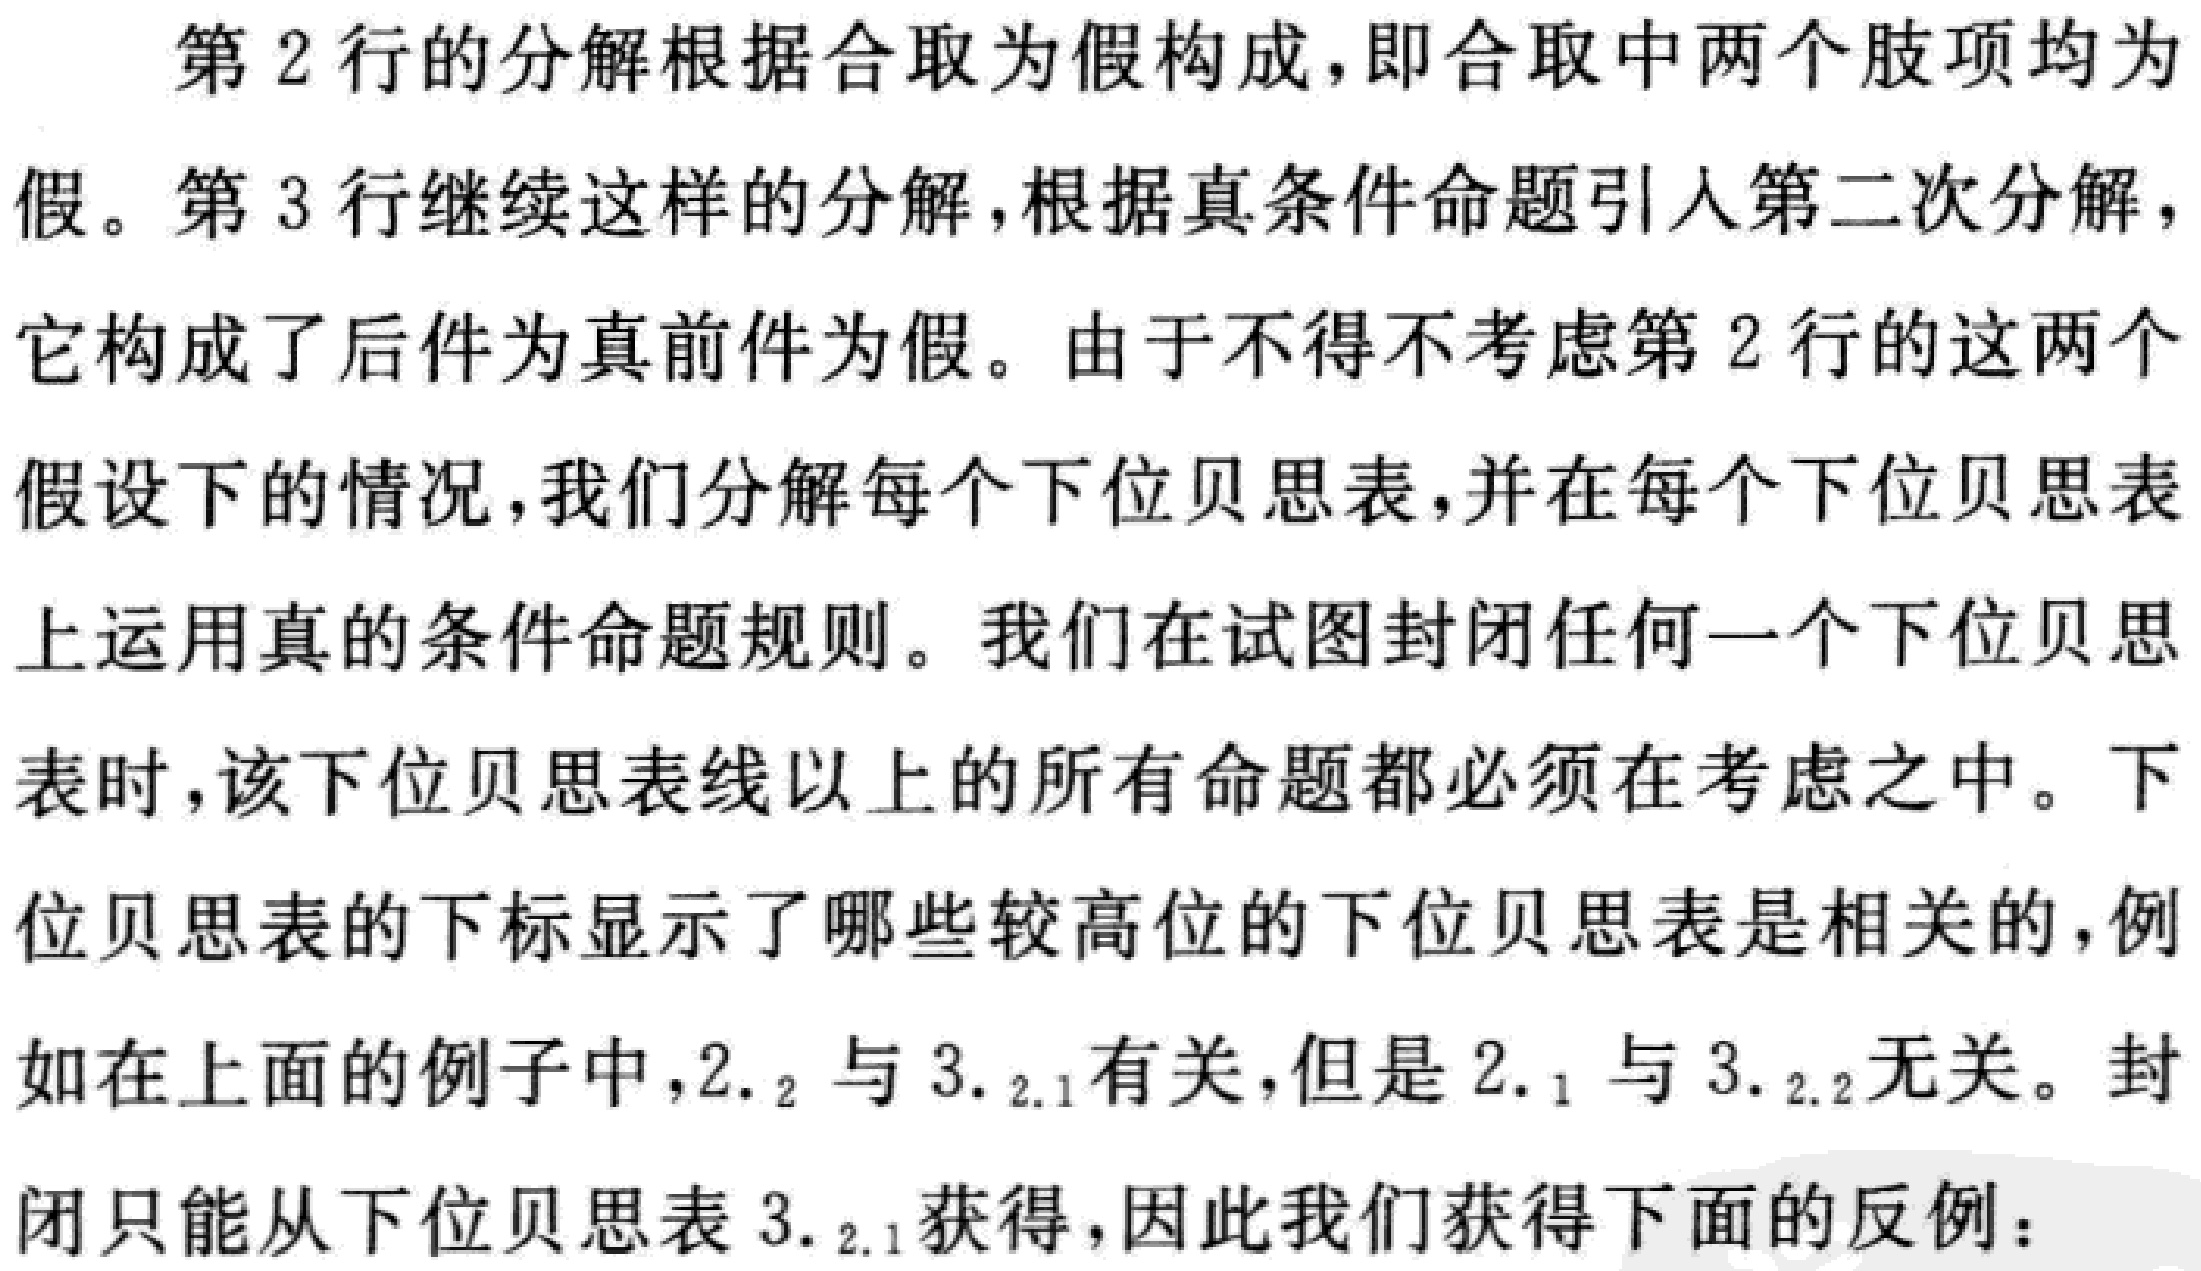
第2行的分解根据合取为假构成，即合取中两个肢项均为假。第3行继续这样的分解，根据真条件命题引人第二次分解，它构成了后件为真前件为假。由于不得不考虑第2行的这两个假设下的情况，我们分解每个下位贝思表，并在每个下位贝思表上运用真的条件命题规则。我们在试图封闭任何一个下位贝思表时，该下位贝思表线以上的所有命题都必须在考虑之中。下位贝思表的下标显示了哪些较高位的下位贝思表是相关的，例如在上面的例子中，$2._2$与$3._ {2.1}$有关，但是$2._1$与$3._ {2.2}$无关。封闭只能从下位贝思表$3._ {2.1}$获得，因此我们获得下面的反例：